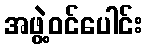
အဖွဲ့ဝင်ပေါင်း